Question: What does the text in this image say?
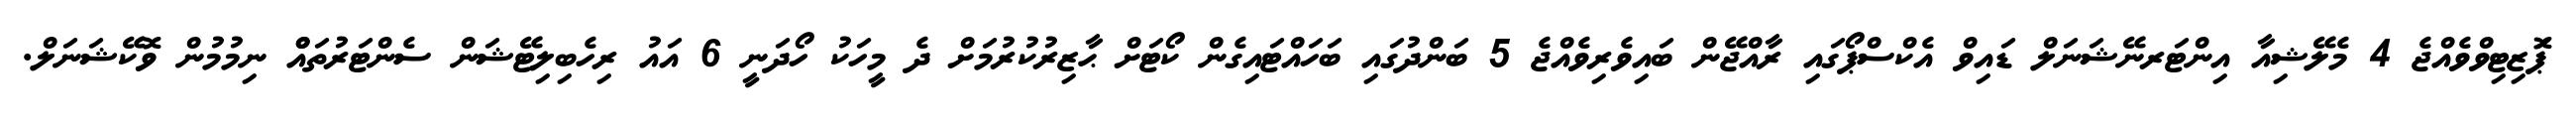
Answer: ޕަޮޒިޓިވްވެއްޖެ 4 މެލޭޝިއާ އިންޓަރނޭޝަނަލް ޑައިވް އެކްސްޕޯގައި ރާއްޖޭން ބައިވެރިވެއްޖެ 5 ބަންދުގައި ބަހައްޓައިގެން ކޯޓަށް ޙާޒިރުކުރުމަށް ދެ މީހަކު ހޯދަނީ 6 އައު ރިހެބިލިޓޭޝަން ސެންޓަރުތައްް ނިމުމުން ވޮކޭޝަނަލް.